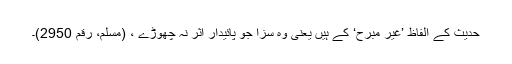
حدیث کے الفاظ ’غیر مبرح‘ کے ہیں یعنی وہ سزا جو پائیدار اثر نہ چھوڑے ، (مسلم، رقم 2950)۔